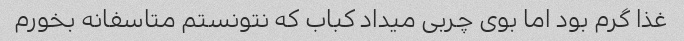
غذا گرم بود اما بوی چربی میداد کباب که نتونستم متاسفانه بخورم